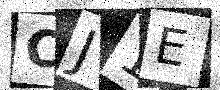
Text: CJ1E